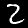
Label: 2